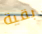
بقية